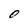
Character: 0